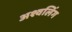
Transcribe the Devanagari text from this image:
अश्वलिंग